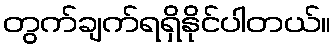
တွက်ချက်ရရှိနိုင်ပါတယ်။